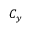
{ \cal C } _ { y }